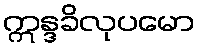
ဣန္ဒခိလုပမော